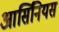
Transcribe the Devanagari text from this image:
आर्सिनियस